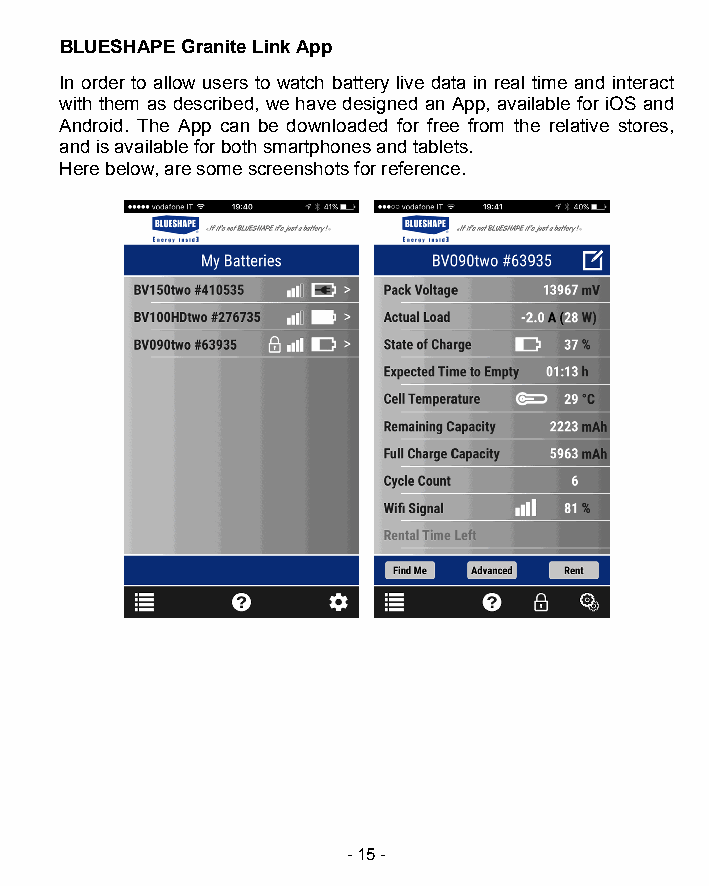
BLUESHAPE Granite Link App
 In order to allow users to watch battery live data in real time and interact
 with them as described, we have designed an App, available for iOS and
 Android. The App can be downloaded for free from the relative stores,
 and is available for both smartphones and tablets.
 Here below, are some screenshots for reference.
 - 15 -